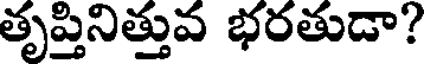
తృప్తినిత్తువ భరతుడా?